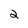
Character: 2